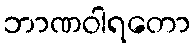
ဘာဏဝါရတော